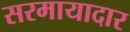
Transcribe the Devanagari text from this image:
सरमायादार